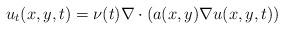
LaTeX: \begin{align*}u_{t}(x,y,t) = \nu(t) \nabla \cdot \left( a(x,y) \nabla u(x,y,t) \right)\end{align*}